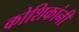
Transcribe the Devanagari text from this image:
कोशिकांनी